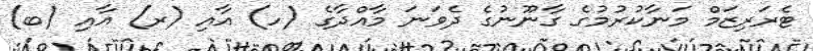
ޓެރަރިޒަމް މަނާކުރުމުގެ ގާނޫނުގެ ދެވަނަ މާއްދާގެ (ހ) އާއި (ރ) އާއި (ބ)